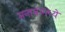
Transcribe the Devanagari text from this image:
मनामामध्ये